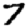
Digit: 7